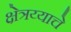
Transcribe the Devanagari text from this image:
क्षेत्रय्याचे